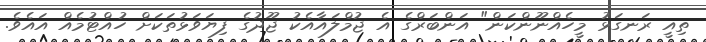
ތިއީ ރަނގަޅު މީހެއްނޫންކަން" އަންބަރްގެ އެ ޖުމްލައާއެކު ޖޫދުގެ ފިޔަވަޅުތަކަށް ހުއްޓުމެއް އައެވެ.